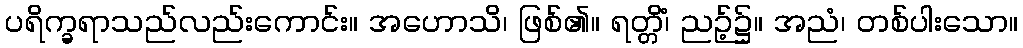
ပရိက္ခရာသည်လည်းကောင်း။ အဟောသိ၊ ဖြစ်၏။ ရတ္တိံ၊ ညဉ့်၌။ အညံ၊ တစ်ပါးသော။